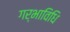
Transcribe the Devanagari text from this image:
गर्भाविधि